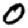
Digit: 0